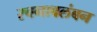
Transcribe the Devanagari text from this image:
रचनावलंबन